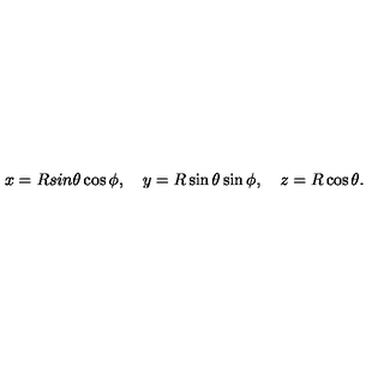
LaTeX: x = R s i n \theta \cos \phi , \quad y = R \sin \theta \sin \phi , \quad z = R \cos \theta .